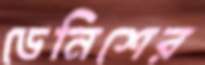
ডেনিশের